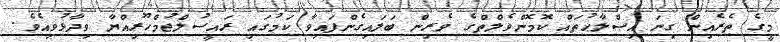
މީގެ ތެރެއިން ގިނަ އިޞްލާޙުތައް ކޮމޮންވެލްތްގެ ވެރިން ބަލައިގެންފައިވާ ކަމުގައި ރައީސުލްޖުމްހޫރިއްޔާ ވިދާޅުވިއެވެ.